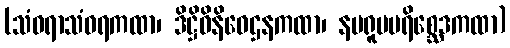
(သံဝရာသံဝရကထာ၊ ဒိဋ္ဌိဝိနိဝေဌနကထာ၊ နမရူပပရိစ္ဆေဒကထာ)